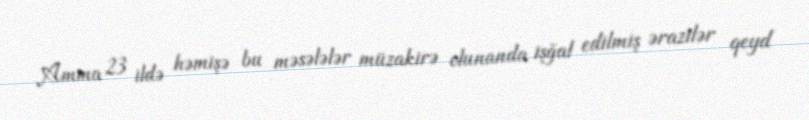
Amma 23 ildə həmişə bu məsələlər müzakirə olunanda işğal edilmiş ərazilər qeyd